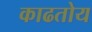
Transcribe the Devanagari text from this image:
काढतोय